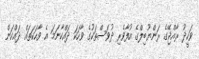
ވަހީދު ރާއްޖޭގެ ރަންޔޫބިލްގެ އުފާވެރި ދުވަސްތަކުގެ ވާހަކަ ދައްކާނަމަ އެ ވާހަކަތައް ދައްކަން